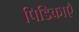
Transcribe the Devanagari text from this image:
पिडिकाएँ